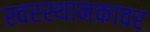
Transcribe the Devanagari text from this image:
स्वरस्थानकावर